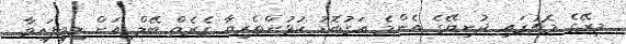
މިރޭގެ މެޗުގައި ދުނިޔޭގެ އެންމެ އަގުބޮޑު ކުޅުންތެރިޔާ ގެރެތް ބޭލް އަށް ލިބިފައިވާ